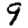
Digit: 9